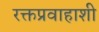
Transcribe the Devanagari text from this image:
रक्तप्रवाहाशी